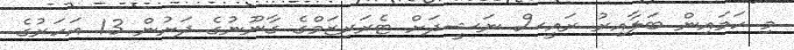
މި ހަމައިން ބަލާއިރު ރައީސް ނަޝީދަށް ޓެރަރިޒަމްގެ ގާނޫނުގެ ދަށުން 13 އަހަރުގެ